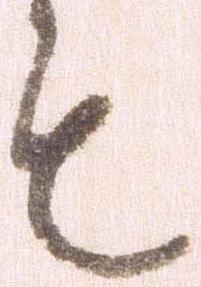
も